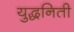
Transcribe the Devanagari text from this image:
युद्धनिती